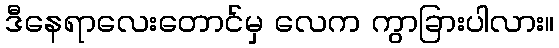
ဒီနေရာလေးတောင်မှ လေက ကွာခြားပါလား။